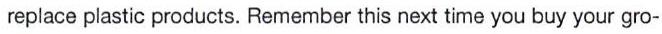
replace plastic products. Remember this next time you buy your gro-